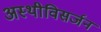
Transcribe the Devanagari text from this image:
अस्थीविसर्जन